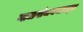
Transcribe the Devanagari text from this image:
गाळसंचयनाबद्दल